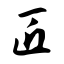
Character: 匠